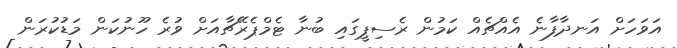
އަވަހަށް އަނދާފާނެ އެއްޗެއް ކަމުން ރެސިޕީގައި ބުނާ ޓެމްޕެރޭޗާއަށް ވުރެ ހޫނުކަން މަޑުކުރަން